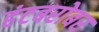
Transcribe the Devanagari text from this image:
हंटबरोबर